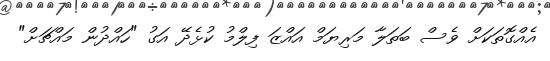
އެއްގޮތަކަށް ވެސް ބަތަލާ މަރިޔަމް އައްޒަ ފިލްމު ކުޅެދޭ އަގު "ހައްދުން މައްޗަށް"